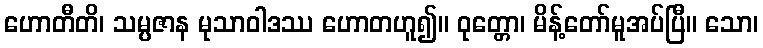
ဟောတီတိ၊ သမ္ပဇာန မုသာဝါဒဿ ဟောတဟူ၍။ ဝုတ္တော၊ မိန့်တော်မူအပ်ပြီ။ သော၊